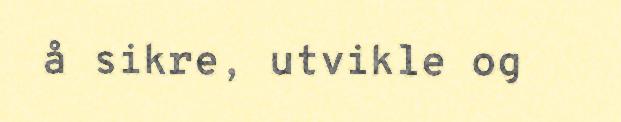
å sikre, utvikle og